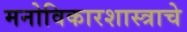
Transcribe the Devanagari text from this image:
मनोविकारशास्त्राचे